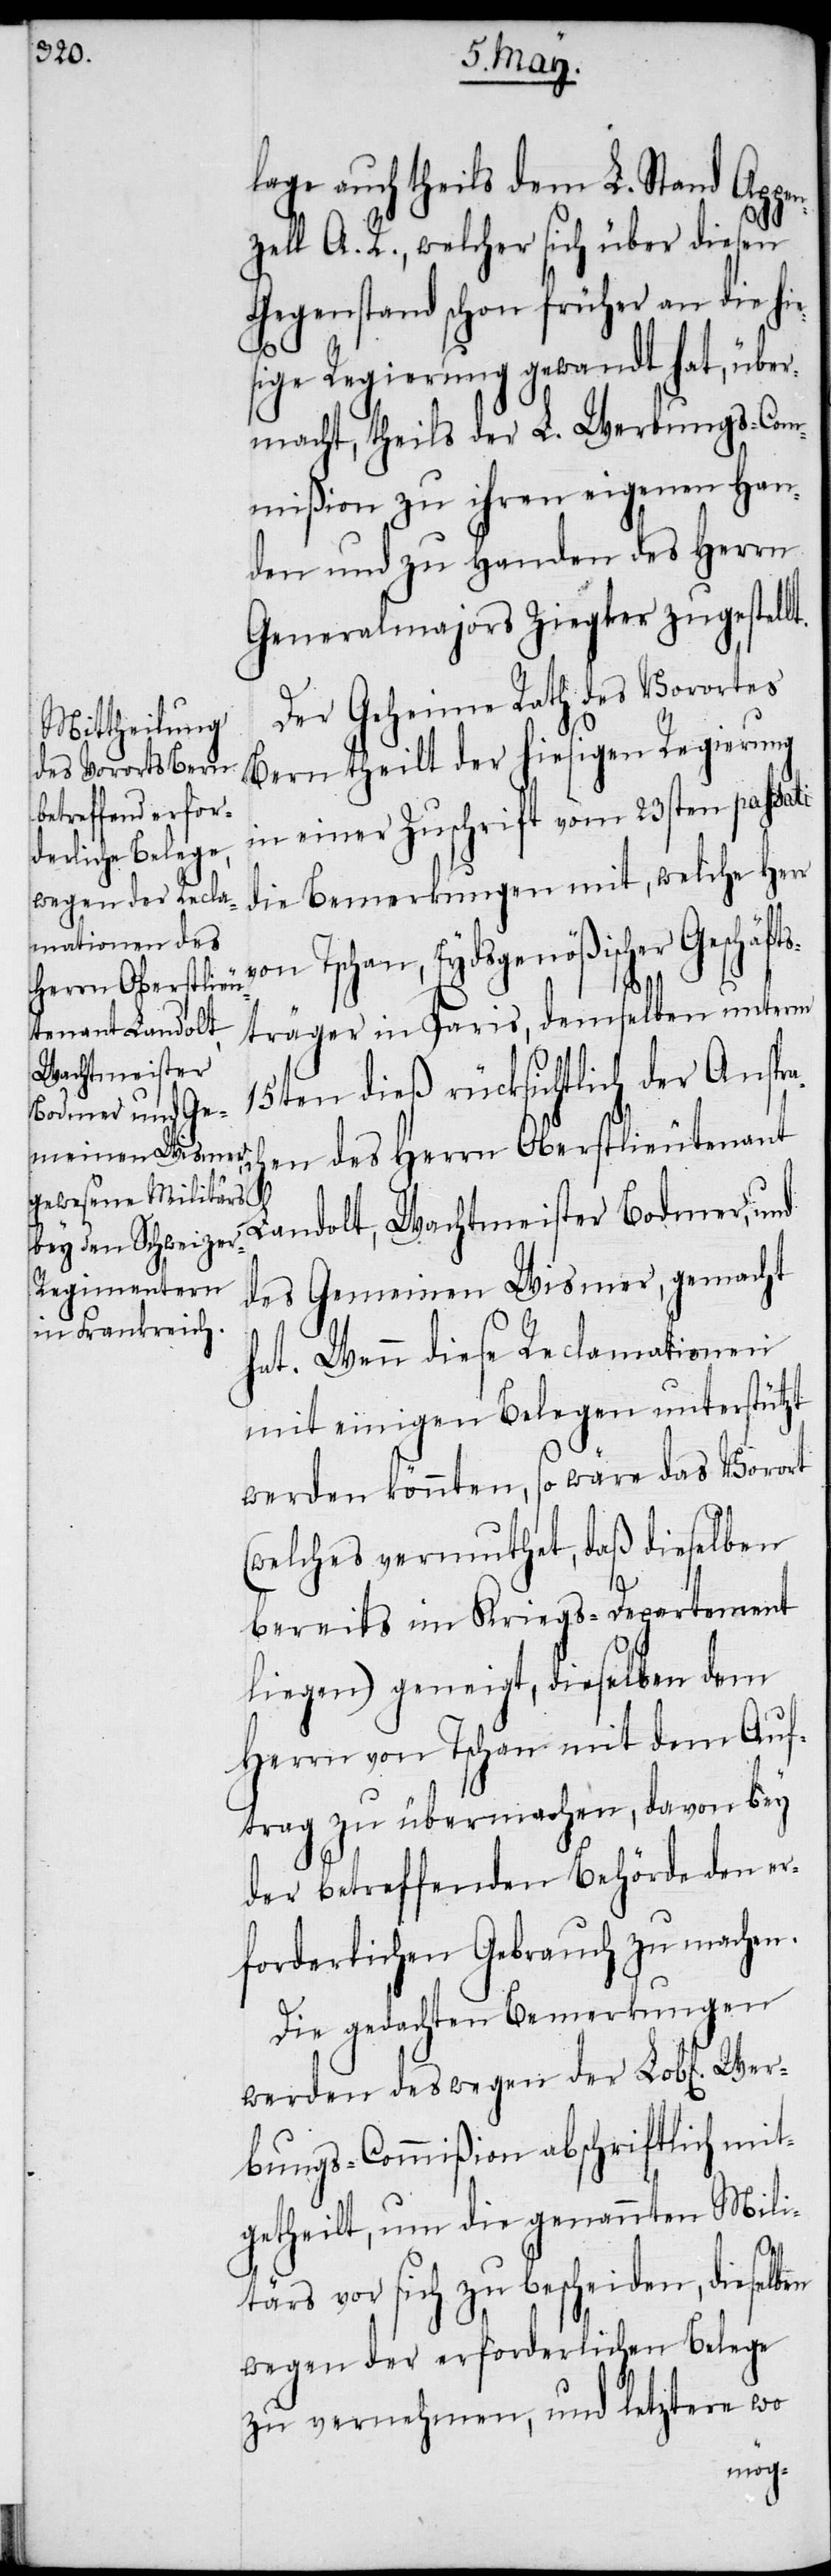
lage auch theils dem L. Stand Appen¬
zell A. R., welcher sich über diesen
Gegenstand schon früher an die hi¬
sige Regierung gewandt hat, über¬
macht, theils der L. Werbungs-Com¬
mißion zu ihren eigenen Han¬
den und zu Handen des Herrn
Generalmajors Ziegler zugestell¬
Der Geheime Rath des Vorortes
Bern theilt der hiesigen Regierung
in einer Zuschrift vom 23sten passati
die Bemerkungen mit, welche Herr
Tschan, Eydsgenößischer Geschä¬
ftsräger in Paris, demselben unterm
15ten dieß rücksichtlich der Anspr¬
en des Herrn Oberstlieutenant
Landolt, Wachtmeister Bodmer, und
des Gemeinen Wismer, gemacht
hat. Wenn diese Reclamationen
mit einigen Belegen unterstützt
werden könnten, so wäre das Vorort
(welches vermuthet, daß dieselben
bereits im Kriegs-Departement
liegen) geneigt, dieselben dem
Herrn von Tschan mit dem Auf¬
trag zu übermachen, davon bey
der betreffenden Behörde den er¬
forderlichen Gebrauch zu machen.
werden deswegen der Lobl[ichen] Wer¬
bungs-Commißion abschriftlich mit¬
getheilt, um die genannten Mili¬
t.
tärs vor sich zu bescheiden, dieselben
wegen der erforderlichen Belege
zu vernehmen, und letztere wo
ach¬